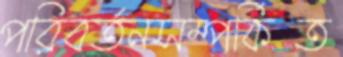
পরিবর্তনসম্পর্কিত